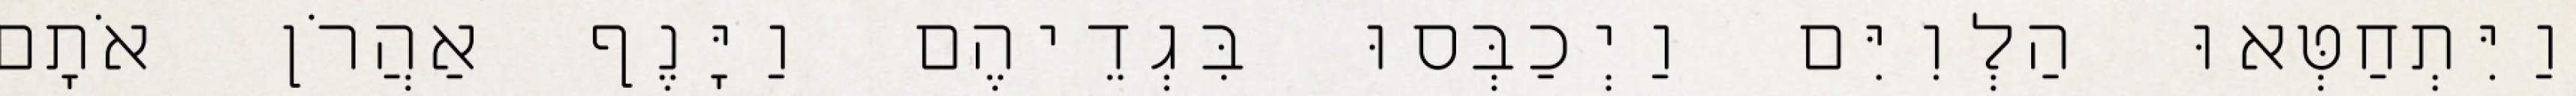
וַיִּתְחַטְּאוּ הַלְוִיִּם וַיְכַבְּסוּ בִּגְדֵיהֶם וַיָּנֶף אַהֲרֹן אֹתָם